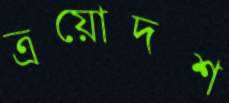
ত্রয়োদশ